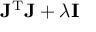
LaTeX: \mathbf { J } ^ { \mathrm { T } } \mathbf { J } + \lambda \mathbf { I }